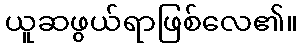
ယူဆဖွယ်ရာဖြစ်လေ၏။